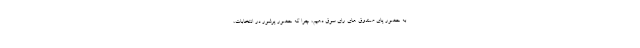
به حضور پای صندوق های رای سوق دهیم، چرا که حضور پرشور در انتخابات،